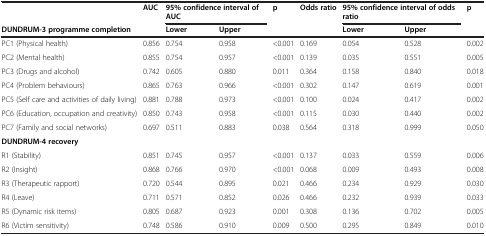
<table><thead><tr><td><b> </b></td><td rowspan="2"><b>AUC</b></td><td colspan="2"><b>95% confidence interval of AUC</b></td><td><b>p</b></td><td><b>Odds ratio</b></td><td colspan="2"><b>95% confidence interval of odds ratio</b></td><td><b>p</b></td></tr><tr><td><b>DUNDRUM-3 programme completion</b></td><td><b>Lower</b></td><td><b>Upper</b></td><td><b> </b></td><td><b> </b></td><td><b>Lower</b></td><td><b>Upper</b></td><td><b> </b></td></tr></thead><tbody><tr><td>PC1 (Physical health)</td><td>0.856</td><td>0.754</td><td>0.958</td><td>&lt;0.001</td><td>0.169</td><td>0.054</td><td>0.528</td><td>0.002</td></tr><tr><td>PC2 (Mental health)</td><td>0.855</td><td>0.754</td><td>0.957</td><td>&lt;0.001</td><td>0.139</td><td>0.035</td><td>0.551</td><td>0.005</td></tr><tr><td>PC3 (Drugs and alcohol)</td><td>0.742</td><td>0.605</td><td>0.880</td><td>0.011</td><td>0.364</td><td>0.158</td><td>0.840</td><td>0.018</td></tr><tr><td>PC4 (Problem behaviours)</td><td>0.865</td><td>0.763</td><td>0.966</td><td>&lt;0.001</td><td>0.302</td><td>0.147</td><td>0.619</td><td>0.001</td></tr><tr><td>PC5 (Self care and activities of daily living)</td><td>0.881</td><td>0.788</td><td>0.973</td><td>&lt;0.001</td><td>0.100</td><td>0.024</td><td>0.417</td><td>0.002</td></tr><tr><td>PC6 (Education, occupation and creativity)</td><td>0.850</td><td>0.743</td><td>0.958</td><td>&lt;0.001</td><td>0.115</td><td>0.030</td><td>0.440</td><td>0.002</td></tr><tr><td>PC7 (Family and social networks)</td><td>0.697</td><td>0.511</td><td>0.883</td><td>0.038</td><td>0.564</td><td>0.318</td><td>0.999</td><td>0.050</td></tr><tr><td><b>DUNDRUM-4 recovery</b></td><td> </td><td> </td><td> </td><td> </td><td> </td><td> </td><td> </td><td> </td></tr><tr><td>R1 (Stability)</td><td>0.851</td><td>0.745</td><td>0.957</td><td>&lt;0.001</td><td>0.137</td><td>0.033</td><td>0.559</td><td>0.006</td></tr><tr><td>R2 (Insight)</td><td>0.868</td><td>0.766</td><td>0.970</td><td>&lt;0.001</td><td>0.068</td><td>0.009</td><td>0.493</td><td>0.008</td></tr><tr><td>R3 (Therapeutic rapport)</td><td>0.720</td><td>0.544</td><td>0.895</td><td>0.021</td><td>0.466</td><td>0.234</td><td>0.929</td><td>0.030</td></tr><tr><td>R4 (Leave)</td><td>0.711</td><td>0.571</td><td>0.852</td><td>0.026</td><td>0.466</td><td>0.232</td><td>0.939</td><td>0.033</td></tr><tr><td>R5 (Dynamic risk items)</td><td>0.805</td><td>0.687</td><td>0.923</td><td>0.001</td><td>0.308</td><td>0.136</td><td>0.702</td><td>0.005</td></tr><tr><td>R6 (Victim sensitivity)</td><td>0.748</td><td>0.586</td><td>0.910</td><td>0.009</td><td>0.500</td><td>0.295</td><td>0.849</td><td>0.010</td></tr></tbody></table>